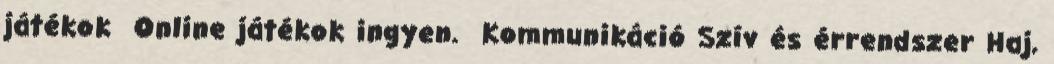
játékok Online játékok ingyen. Kommunikáció Szív és érrendszer Haj,